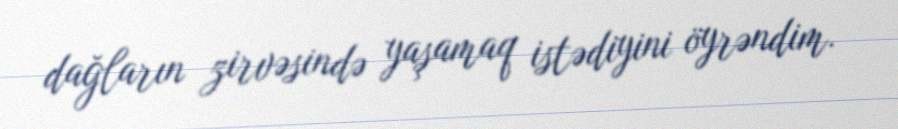
dağların zirvəsində yaşamaq istədiyini öyrəndim.